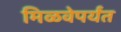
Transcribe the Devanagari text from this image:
मिळवेपर्यंत